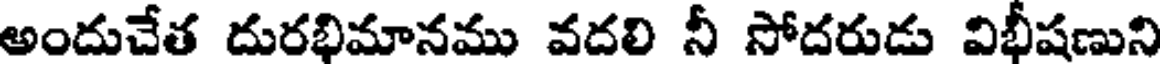
అందుచేత దురభిమానము వదలి నీ సోదరుడు విభీషణుని